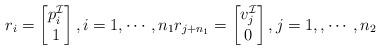
LaTeX: \begin{align*}r_i = \begin{bmatrix}p_i^\mathcal{I} \\1\end{bmatrix}, i=1,\cdots,n_1 r_{j+n_1} = \begin{bmatrix}v_{j}^\mathcal{I} \\0\end{bmatrix}, j=1,,\cdots,n_2\end{align*}